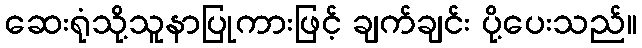
ဆေးရုံသို့သူနာပြုကားဖြင့် ချက်ချင်း ပို့ပေးသည်။